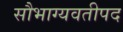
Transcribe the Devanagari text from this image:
सौभाग्यवतीपद